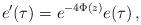
LaTeX: \begin{align*}e'(\tau)=e^{-4\Phi(z)}e(\tau)\,,\end{align*}